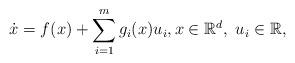
LaTeX: \begin{align*}\dot{x} = f(x) + \sum_{i = 1}^m g_i(x)u_i, x \in \mathbb{R}^d, \ u_i \in \mathbb{R},\end{align*}